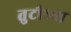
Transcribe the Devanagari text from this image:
तुटीच्या